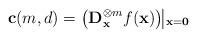
LaTeX: \begin{align*}\mathbf{c}(m,d) = \left( \mathbf{D}_{\mathbf{x}}^{\otimes m} f(\mathbf{x})\right)\vline_{\mathbf{x}=\mathbf{0}}\end{align*}